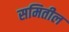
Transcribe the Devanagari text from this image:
समितील